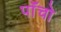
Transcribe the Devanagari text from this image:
पाॅंचो